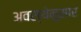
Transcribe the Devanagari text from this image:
अवस्थेनुसार